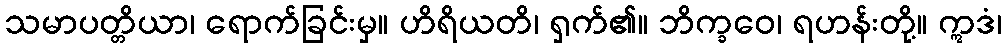
သမာပတ္တိယာ၊ ရောက်ခြင်းမှ။ ဟိရိယတိ၊ ရှက်၏။ ဘိက္ခဝေ၊ ရဟန်းတို့။ ဣဒံ၊